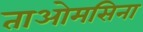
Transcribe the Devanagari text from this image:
ताओमसिना